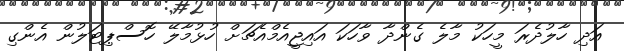
އަދި ހާލުދެރަ މީހަކު މާލެ ގެންދާ ވާހަކަ އައިޖީއެމްއެޗަށް ހުޅުމާލޭ ހޮސްޕިޓަލުން އެންގި